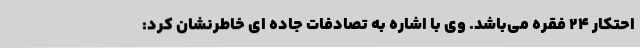
احتکار 24 فقره می‌باشد. وی با اشاره به تصادفات جاده ای خاطرنشان کرد: